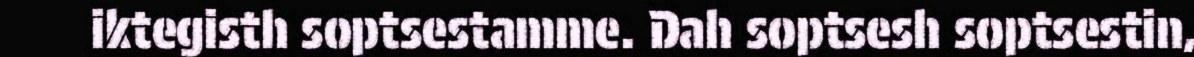
iktegisth soptsestamme. Dah soptsesh soptsestin,